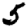
Digit: 5